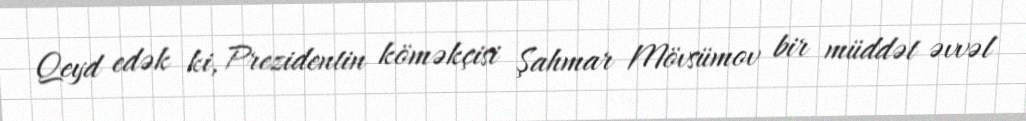
Qeyd edək ki, Prezidentin köməkçisi Şahmar Mövsümov bir müddət əvvəl